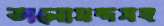
ভালোমন্দসহ